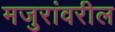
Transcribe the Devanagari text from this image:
मजुरांवरील